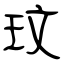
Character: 玟